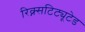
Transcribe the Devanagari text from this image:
रिक्न्सटिट्यूटेड